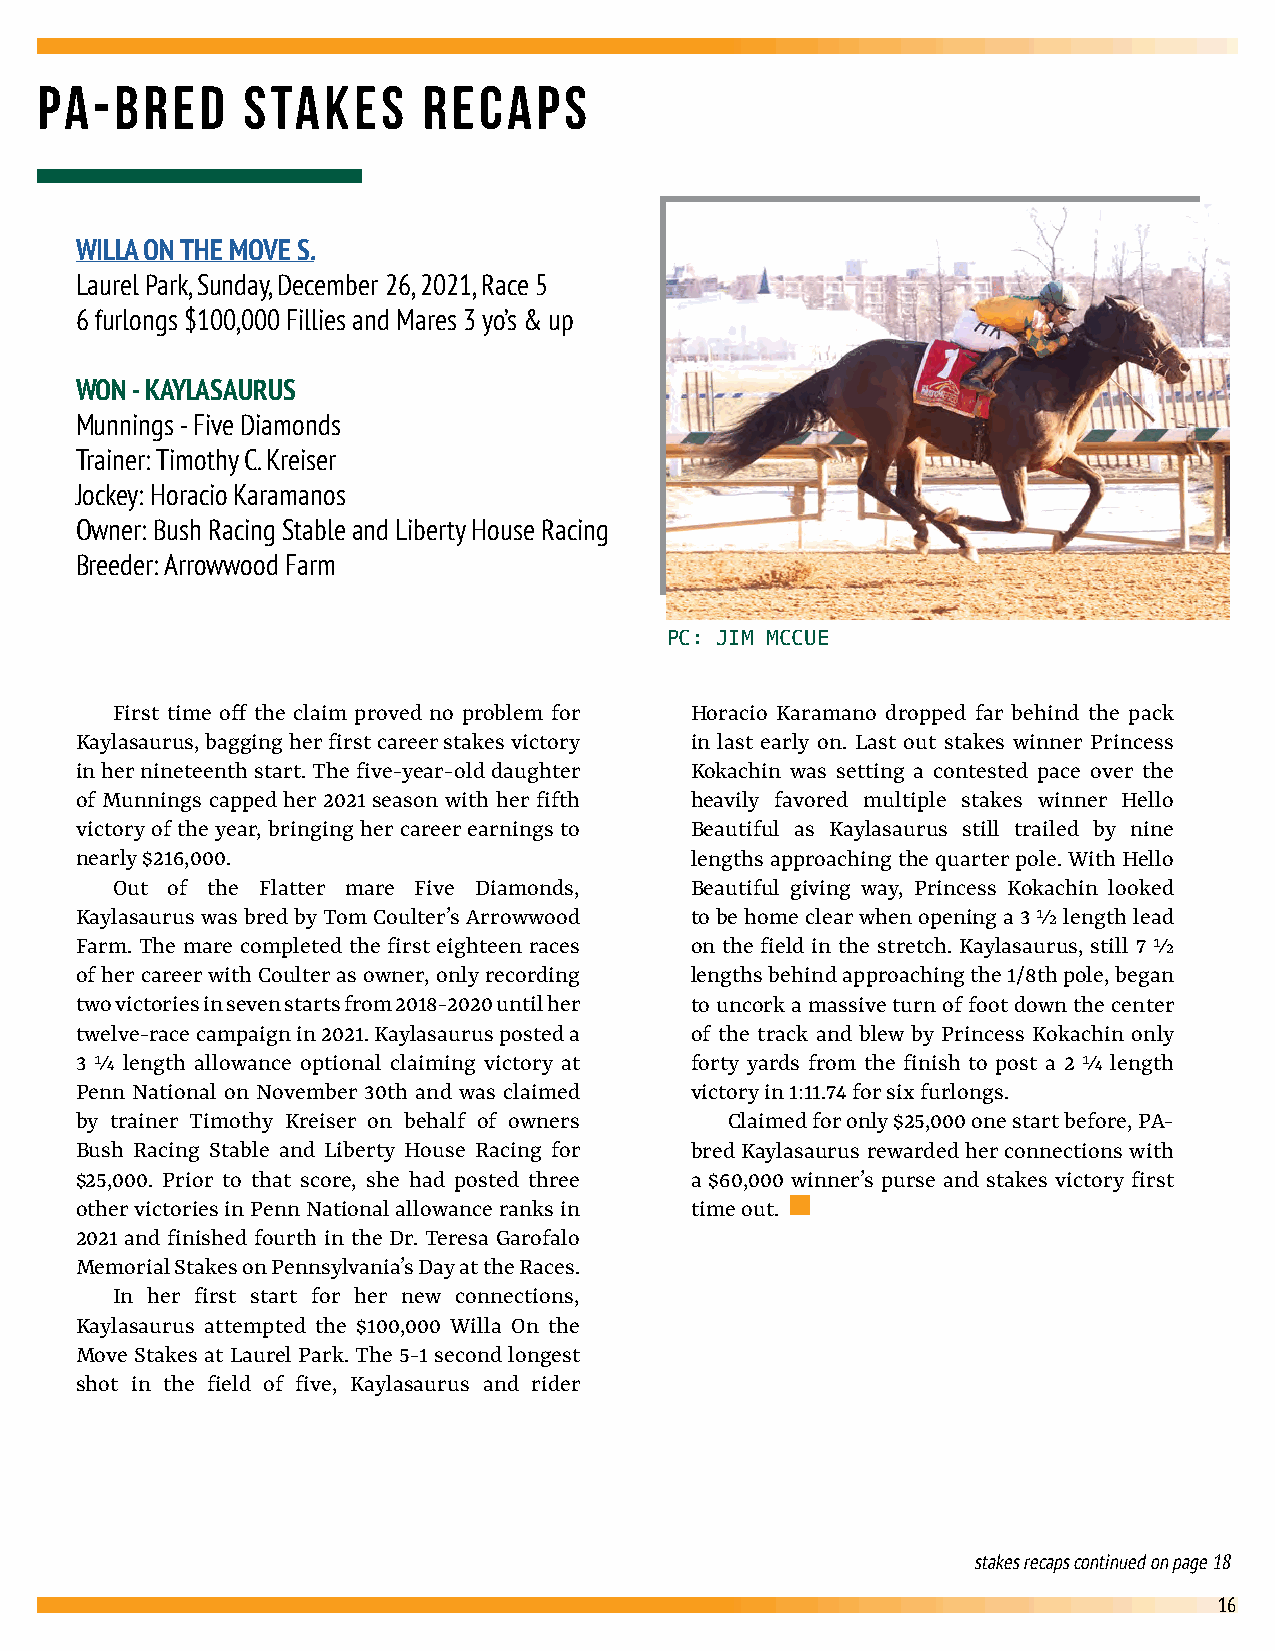
PA-BRED       STAKES      RECAPS
 WILLA ON THE MOVE S.
 Laurel Park, Sunday, December 26, 2021, Race 5
 6 furlongs $100,000 Fillies and Mares 3 yo’s & up
 WON - KAYLASAURUS
 Munnings - Five Diamonds
 Trainer: Timothy C. Kreiser
 Jockey: Horacio Karamanos
 Owner: Bush Racing Stable and Liberty House Racing
 Breeder: Arrowwood Farm
 PC: JIM MCCUE
 First time off the claim proved no problem for Horacio Karamano dropped far behind the pack
 Kaylasaurus, bagging her first career stakes victory in last early on. Last out stakes winner Princess
 in her nineteenth start. The five-year-old daughter Kokachin was setting a contested pace over the
 of Munnings capped her 2021 season with her fifth heavily favored multiple stakes winner Hello
 victory of the year, bringing her career earnings to Beautiful as Kaylasaurus still trailed by nine
 nearly $216,000.                         lengths approaching the quarter pole. With Hello
 Out of the Flatter mare Five Diamonds, Beautiful giving way, Princess Kokachin looked
 Kaylasaurus was bred by Tom Coulter’s Arrowwood to be home clear when opening a 3 ½ length lead
 Farm. The mare completed the first eighteen races on the field in the stretch. Kaylasaurus, still 7 ½
 of her career with Coulter as owner, only recording lengths behind approaching the 1/8th pole, began
 two victories in seven starts from 2018-2020 until her to uncork a massive turn of foot down the center
 twelve-race campaign in 2021. Kaylasaurus posted a of the track and blew by Princess Kokachin only
 3 ¼ length allowance optional claiming victory at forty yards from the finish to post a 2 ¼ length
 Penn National on November 30th and was claimed victory in 1:11.74 for six furlongs.
 by trainer Timothy Kreiser on behalf of owners Claimed for only $25,000 one start before, PA-
 Bush Racing Stable and Liberty House Racing for bred Kaylasaurus rewarded her connections with
 $25,000. Prior to that score, she had posted three a $60,000 winner’s purse and stakes victory first
 other victories in Penn National allowance ranks in time out.
 2021 and finished fourth in the Dr. Teresa Garofalo
 Memorial Stakes on Pennsylvania’s Day at the Races.
 In her first start for her new connections,
 Kaylasaurus attempted the $100,000 Willa On the
 Move Stakes at Laurel Park. The 5-1 second longest
 shot in the field of five, Kaylasaurus and rider
 stakes recaps continued on page 18
 16